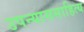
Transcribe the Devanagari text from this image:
उपन्याससाहित्य